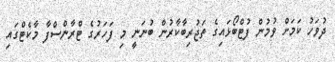
ދުވަހު ކަމަށް ވުމުން ފުޓްބޯޅައިގެ ތަޖުރިބާކާރުން ބުނަނީ މި ފަހަރުގެ ޓްރާންސްފާ މާކެޓްގައި